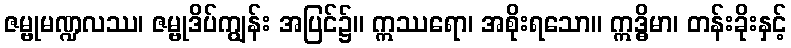
ဇမ္ဗုမဏ္ဍလဿ၊ ဇမ္ဗုဒိပ်ကျွန်း အပြင်၌။ ဣဿရော၊ အစိုးရသော။ ဣဒ္ဓိမာ၊ တန်းခိုးနှင့်